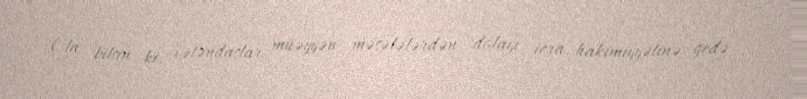
Ola bilsin ki, vətəndaşlar müəyyən məsələlərdən dolayı icra hakimiyyətinə gedə